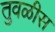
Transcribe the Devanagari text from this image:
तुवळीस